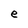
Character: e